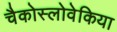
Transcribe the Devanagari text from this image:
चैकोस्लोवेकिया